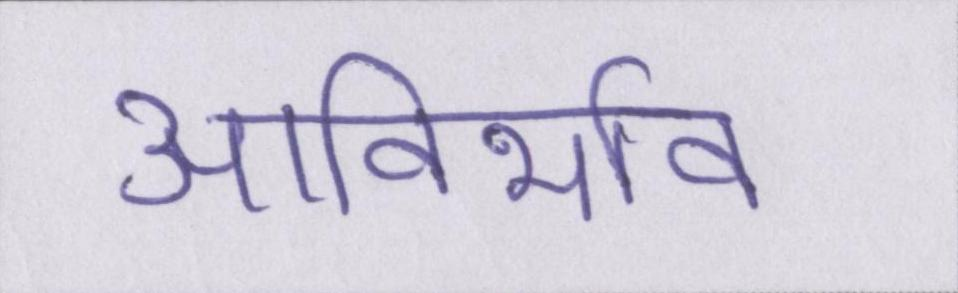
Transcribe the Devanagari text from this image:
आविर्भाव